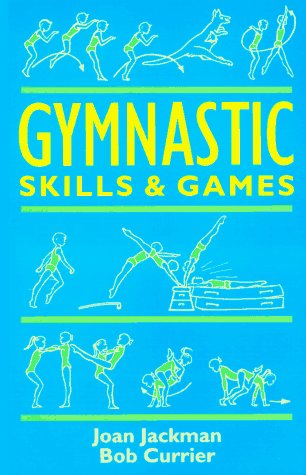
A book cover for Gymnastic Skills & Games (Teacher's books); Joan Jackman; Sports & Outdoors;